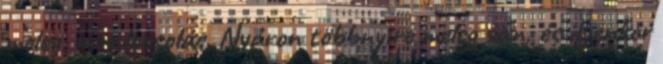
meleg, meg locsolás. Nyáron többnyire meleg van, és ilyenkor